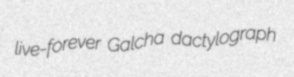
live-forever Galcha dactylograph